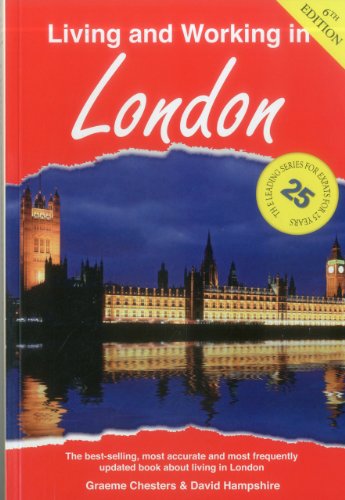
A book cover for Living and Working in London: A Survival Handbook (Living & Working in London); Graeme Chesters; Travel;